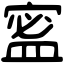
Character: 䀄